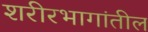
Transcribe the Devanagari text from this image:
शरीरभागांतील